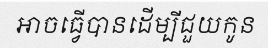
អាចធ្វើបានដើម្បីជួយកូន